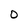
Character: O